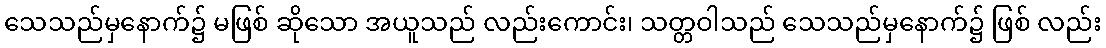
သေသည်မှနောက်၌ မဖြစ် ဆိုသော အယူသည် လည်းကောင်း၊ သတ္တဝါသည် သေသည်မှနောက်၌ ဖြစ် လည်း